Voisiku_vallavalitsus, lk 454
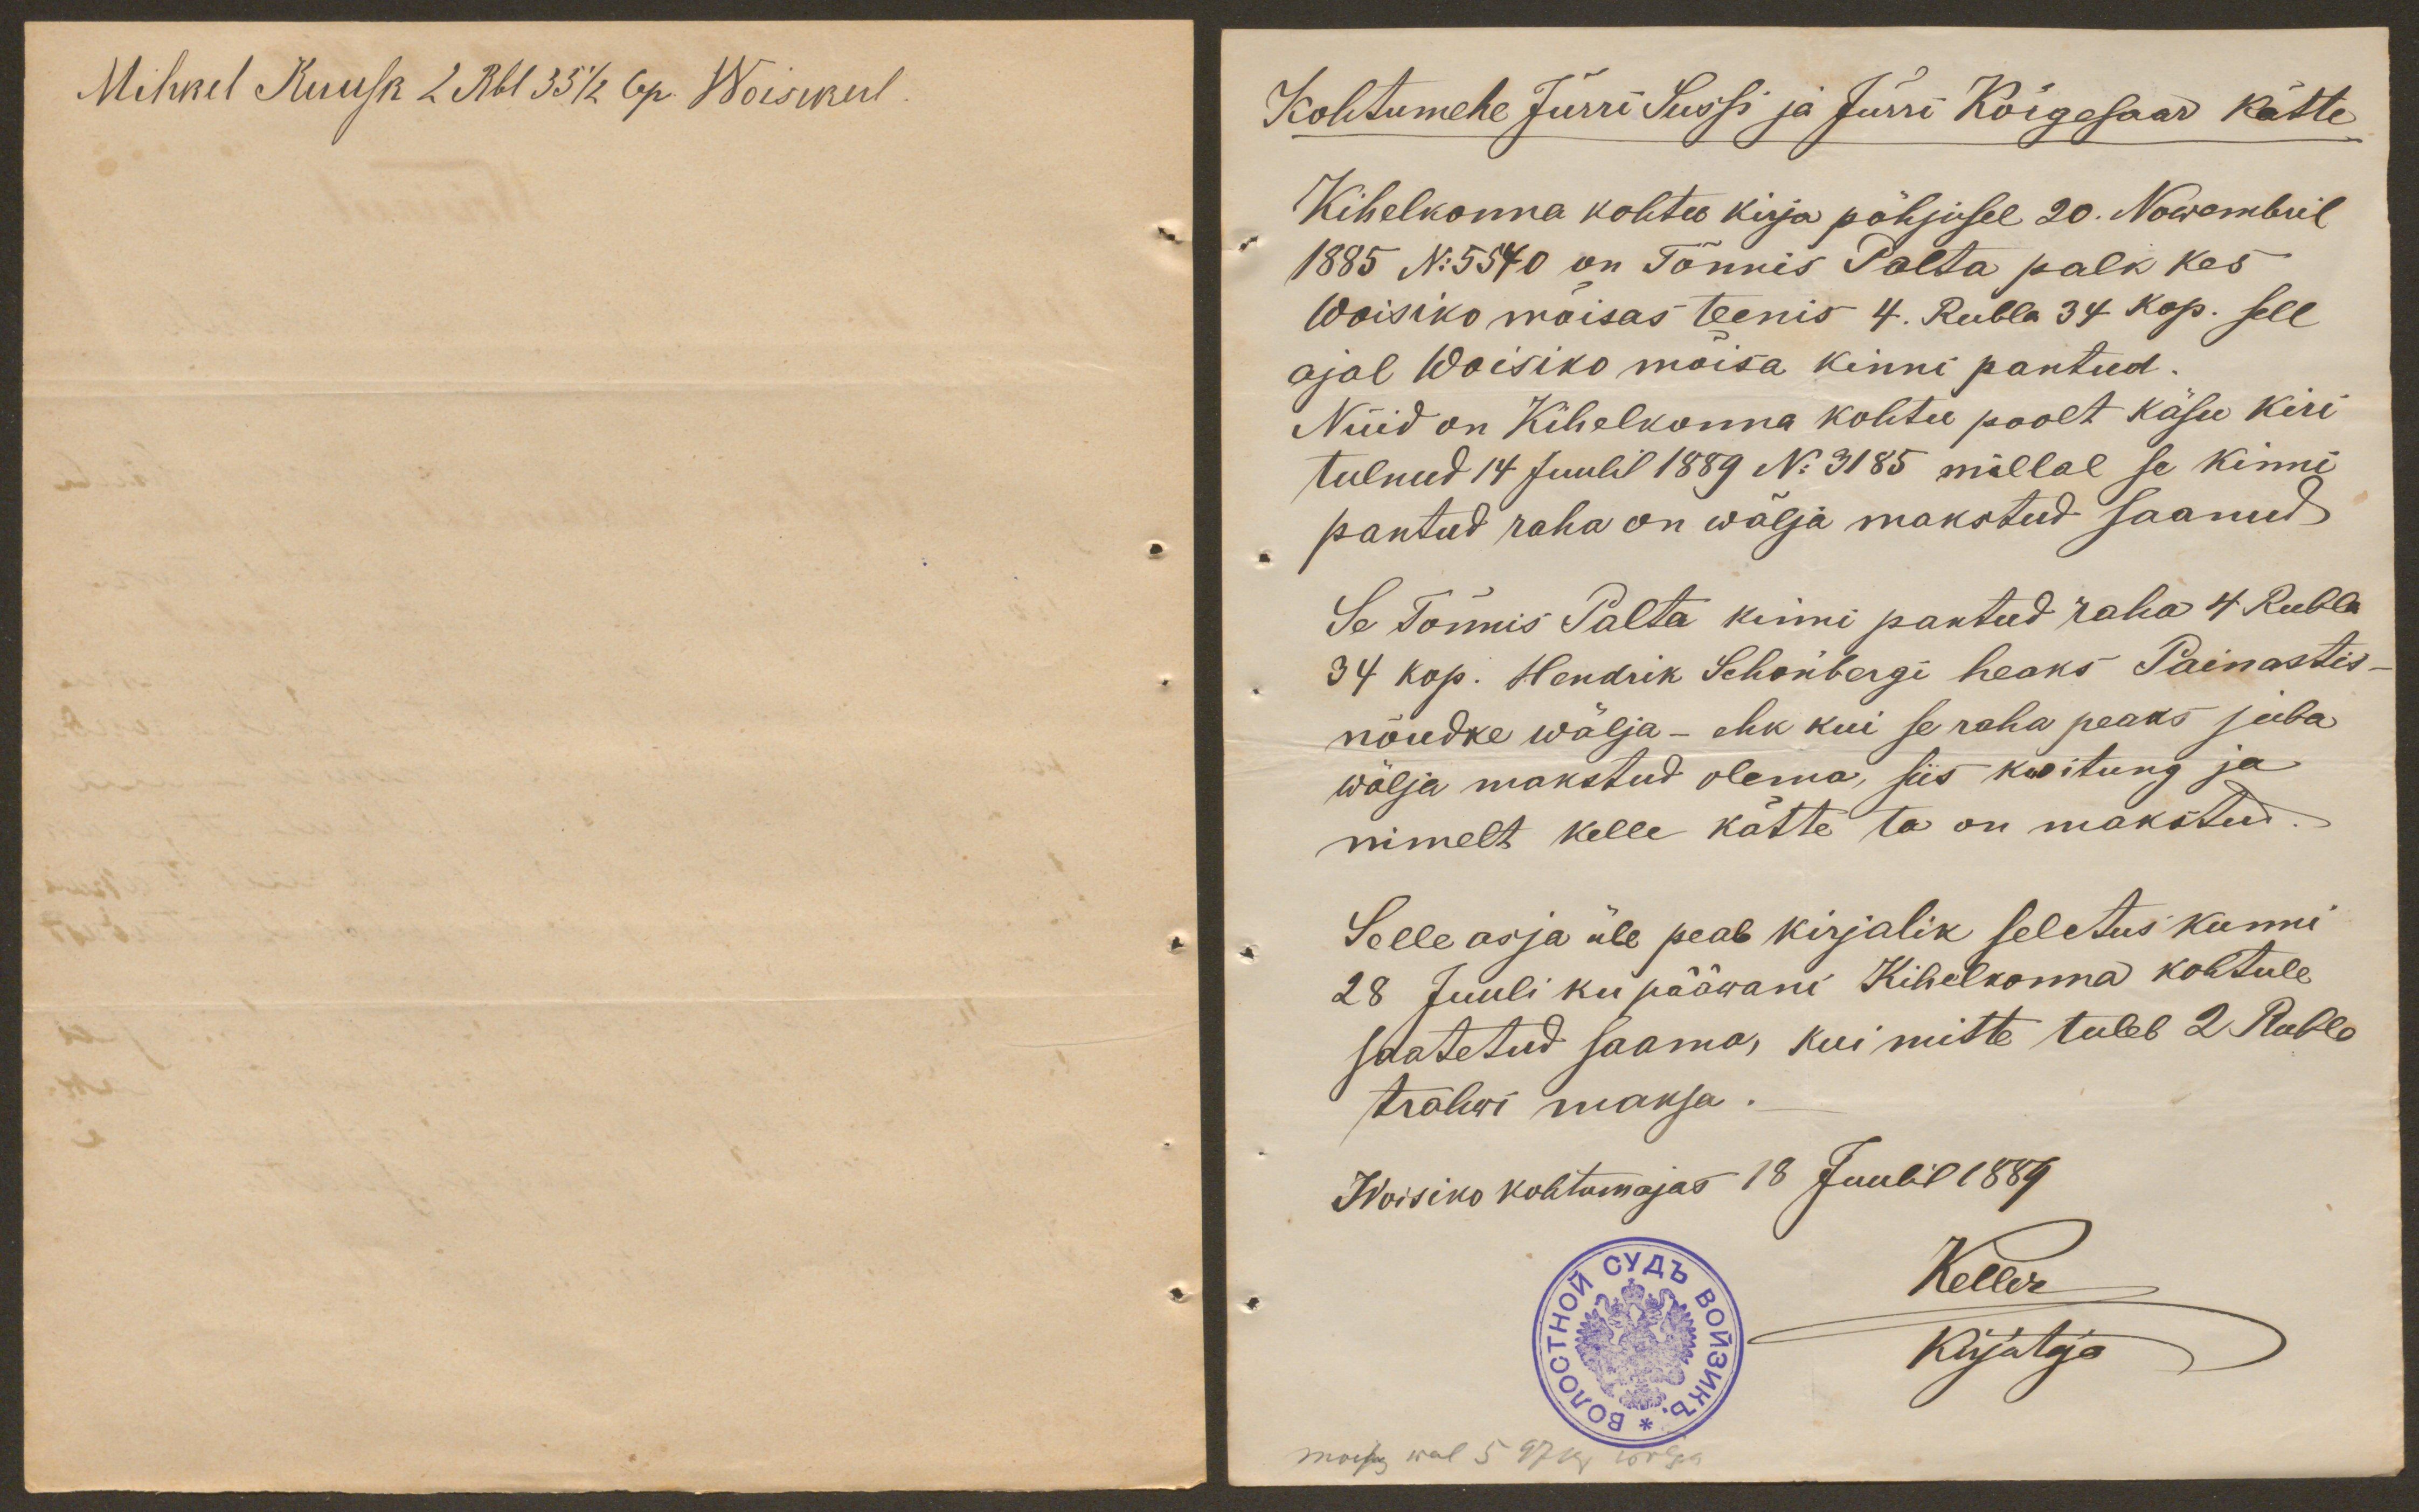
Mihkel Kuusk 2 Rbl 35 1/2 Cop. Woisikul

Kohtumehe Jürri Sussi ja Jüri Kõrgesaar kätte
Kihelkonna kohtu kirja põhjusel 20. Nowembril
1885 No 5540 on Tönnis Palta palk kes
Woisiko mõisas teenis 4. Rubla 34 kop. sell
ajal Woisiko mõisa kinni pantud.
Nüid on Kihelkonna kohtu poolt käsu kiri
tulnud 14 Juulil 1889 No 3185 millal se kinni
pantud raha on wälja makstud saanud
Se Tõnnis Palta kinni pantud raha 4 Rubla
34 kop. Hendrik Schönbergi heaks Painastis
nõudke wälja - ehk kui se raha peaks juba
wälja makstud olema, siis kwitung ja
nimelt kelle kätte ta on makstud.
Selle asja üle peab kirjalik seletus kunni
28 Juuli kui pääwani Kihelkonna kohtule
saatetud saama, kui mitte tuleb 2 Rubla
trahwi maksa.
Woisiko kohtumajas 18 Juulil 1889
Keller
Kirjutaja
moisa wal 5 974 wälja